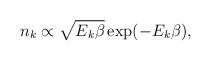
LaTeX: \begin{align*}n_k\propto\sqrt{E_k\beta}\exp(-E_k\beta), \end{align*}